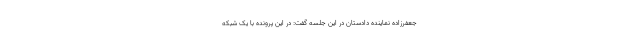
جعفرزاده نماینده دادستان در این جلسه گفت: در این پرونده با یک شبکه